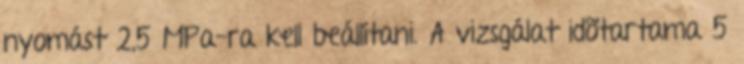
nyomást 2,5 MPa-ra kell beállítani. A vizsgálat idõtartama 5